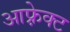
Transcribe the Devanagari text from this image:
आफ़्रेक्ट